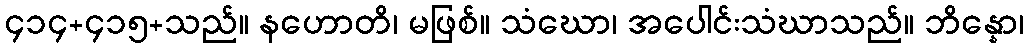
၄၁၄+၄၁၅+သည်။ နဟောတိ၊ မဖြစ်။ သံဃော၊ အပေါင်းသံဃာသည်။ ဘိန္နော၊